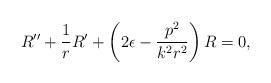
LaTeX: \begin{align*}R'' + \frac{1}{r}R'+\left(2\epsilon-\frac{p^2}{k^2r^2}\right)R=0,\end{align*}